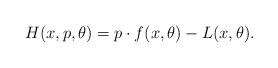
LaTeX: \begin{align*} H(x,p,\theta) = p\cdot f(x, \theta) - L(x, \theta). \end{align*}